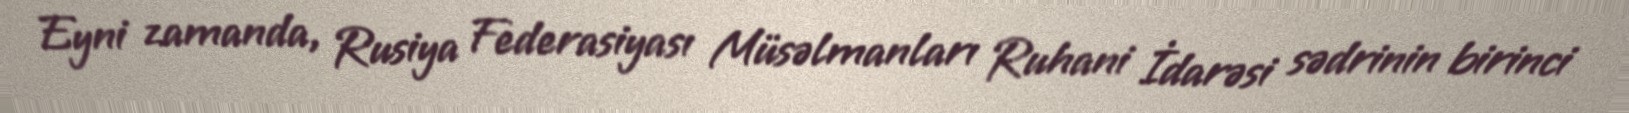
Eyni zamanda, Rusiya Federasiyası Müsəlmanları Ruhani İdarəsi sədrinin birinci